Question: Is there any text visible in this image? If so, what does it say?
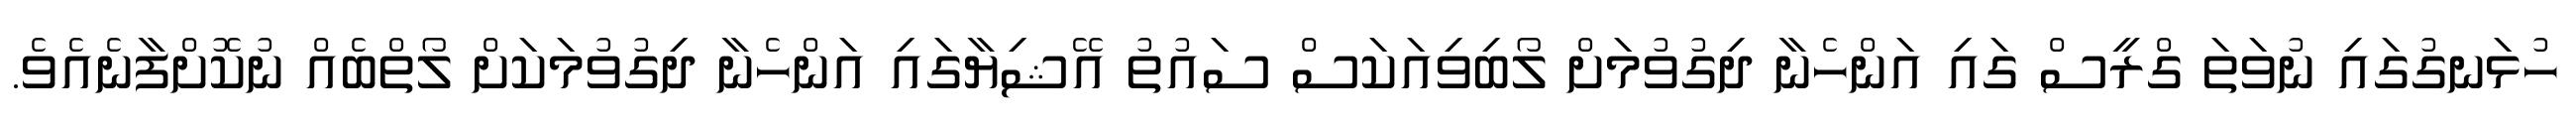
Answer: ހުޅަނގުގައި ނުވަތަ ގްރީސް ގައި އަންހެނާ ދިގުވުމަށް ލޯބިވިއަކަސް ސައުތު އޭޝިޔާގައި އަންހެނާ ދިގުވުމަކަށް ލޯތްބެއް ނުކޮށްފާނެއެވެ.